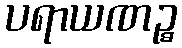
ပရာယဏဉ္စ